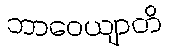
ဘာဝေယျာတိ